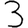
Digit: 3